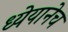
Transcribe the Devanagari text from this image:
ध्येयानेच